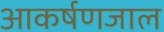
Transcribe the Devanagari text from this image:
आकर्षणजाल